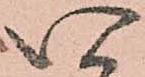
い